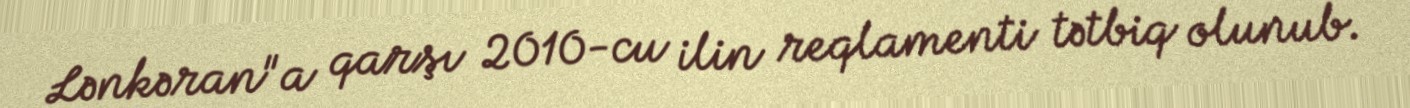
Lənkəran"a qarşı 2010-cu ilin reqlamenti tətbiq olunub.